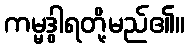
ကမ္မဒွါရတို့မည်၏။